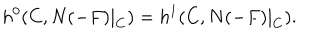
LaTeX: h ^ { 0 } ( C , N ( - F ) | _ { C } ) = h ^ { 1 } ( C , N ( - F ) | _ { C } ) .